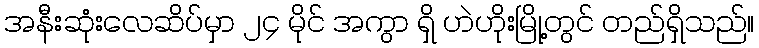
အနီးဆုံးလေဆိပ်မှာ ၂၄ မိုင် အကွာ ရှိ ဟဲဟိုးမြို့တွင် တည်ရှိသည်။